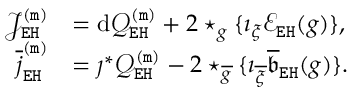
\begin{array} { r l } { \mathcal { J } _ { \mathtt { E H } } ^ { \mathtt { ( m ) } } } & { = \mathrm { d } \mathcal { Q } _ { \mathtt { E H } } ^ { \mathtt { ( m ) } } + 2 \star _ { g } \{ \imath _ { \xi } \mathcal { E } _ { \mathtt { E H } } ( g ) \} , } \\ { \overline { { j } } _ { \mathtt { E H } } ^ { \mathtt { ( m ) } } } & { = \jmath ^ { * } \mathcal { Q } _ { \mathtt { E H } } ^ { \mathtt { ( m ) } } - 2 \star _ { \overline { { g } } } \{ \imath _ { \overline { { \xi } } } \overline { { \mathfrak { b } } } _ { \mathtt { E H } } ( g ) \} . } \end{array}